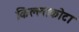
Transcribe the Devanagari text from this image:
किल्लाकोटा